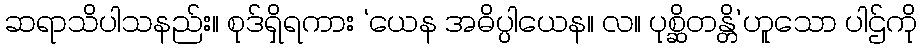
ဆရာသိပါသနည်း။ စုဒ်ရှိရကား ‘ယေန အဓိပ္ပါယေန။ လ။ ပုစ္ဆိတန္တိ’ဟူသော ပါဌ်ကို